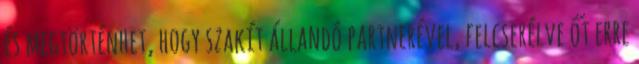
és megtörténhet, hogy szakít állandó partnerével, felcserélve őt erre